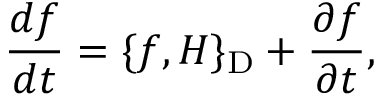
\frac { d f } { d t } = \{ f , H \} _ { \mathrm { D } } + \frac { \partial f } { \partial t } ,